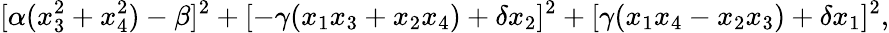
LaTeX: [\alpha(x_{3}^{2}+x_{4}^{2})-\beta]^{2}+[-\gamma(x_{1}x_{3}+x_{2}x_{4})+\delta x_{2}]^{2}+[\gamma(x_{1}x_{4}-x_{2}x_{3})+\delta x_{1}]^{2},